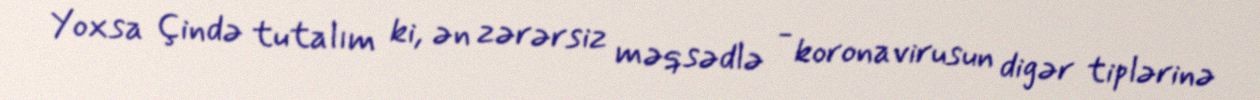
Yoxsa Çində tutalım ki, ən zərərsiz məqsədlə - koronavirusun digər tiplərinə